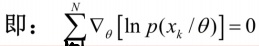
即：$\sum_{k = 1}^{N} \nabla_{\theta}[\ln p(x_{k}/\theta)] = 0$